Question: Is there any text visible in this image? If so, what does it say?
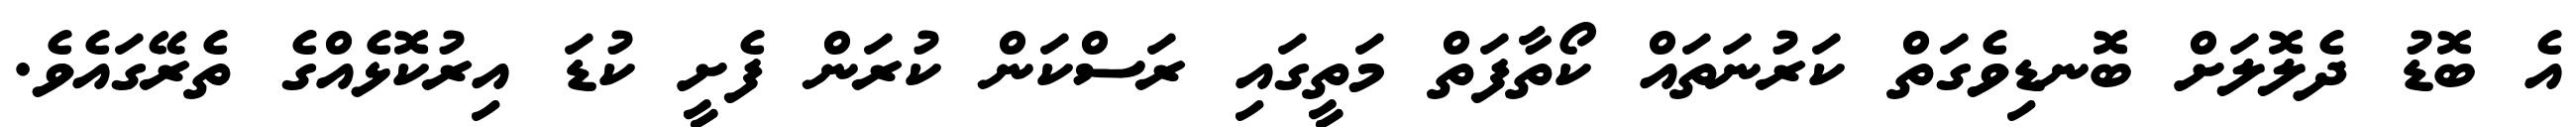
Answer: އެ ބޮޑު ދެލޮލަށް ބޮނޑިވެގަތް ކަރުނަތައް ކޯތާފަތް މަތީގައި ރަސްކަން ކުރަން ފެށީ ކުޑަ އިރުކޮޅެއްގެ ތެރޭގައެވެ.